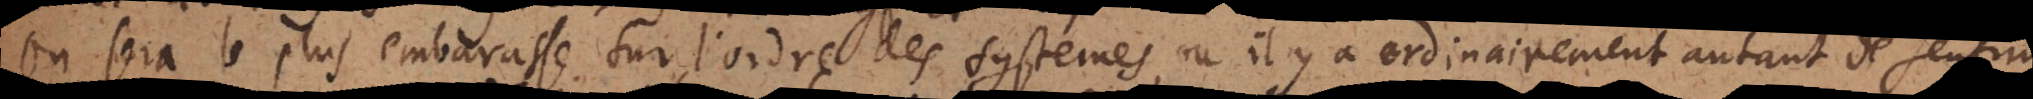
a le plus embarassé sur l’ordre des systemes, où il y a ordinairement autant de sentime